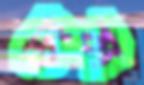
ডান্স